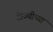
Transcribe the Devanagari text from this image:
त्रिज्यीच्या